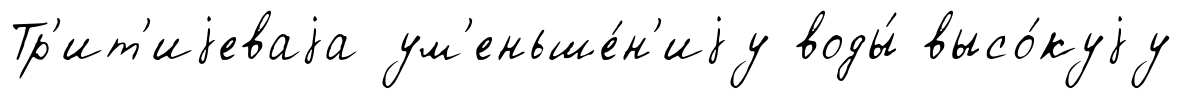
Тр'ит'иjеваjа ум'еньше́н'иjу воды́ высо́куjу